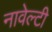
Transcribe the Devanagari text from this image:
नावेल्टी